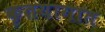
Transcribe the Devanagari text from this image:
कृतयागात